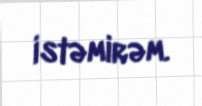
istəmirəm.